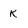
Character: k